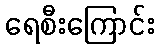
ရေစီးကြောင်း